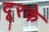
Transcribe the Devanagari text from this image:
दूरके